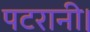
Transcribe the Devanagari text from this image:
पटरानी।